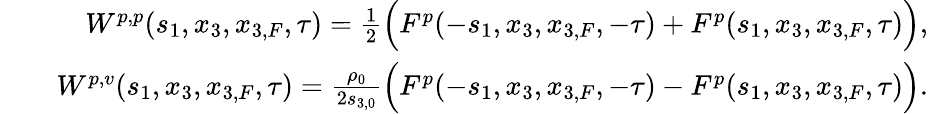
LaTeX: \begin{array}{rlr}&{}&{W^{p,p}(s_{1},x_{3},x_{3,F},\tau)=\frac{1}{2}\Bigl(F^{p}(-s_{1},x_{3},x_{3,F},-\tau)+F^{p}(s_{1},x_{3},x_{3,F},\tau)\Bigr),}\\ &{}&{W^{p,v}(s_{1},x_{3},x_{3,F},\tau)=\frac{\rho_{0}}{2s_{3,0}}\Bigl(F^{p}(-s_{1},x_{3},x_{3,F},-\tau)-F^{p}(s_{1},x_{3},x_{3,F},\tau)\Bigr).}\end{array}